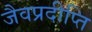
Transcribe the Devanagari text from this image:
जैवप्रदीप्ति